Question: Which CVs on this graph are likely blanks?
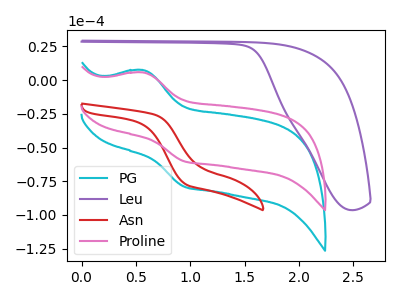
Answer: <think>The cyan curve "PG" has an anodic peak at (0.55V, 7.35uA) and a cathodic peak at (0.95V, -78.90uA). The purple curve "Leu" has no peaks. The red curve "Asn" has no peaks. The pink curve "Proline" has an anodic peak at (0.55V, 5.60uA) and a cathodic peak at (0.95V, -60.15uA).</think>
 <answer>"Leu" and "Asn" are likely to be blanks.</answer>
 <eval>"Leu", "Asn"</eval>